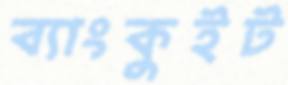
ব্যাংকুইট